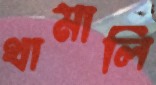
থামালি